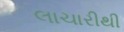
લાચારીથી